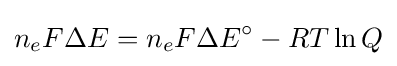
n_{e}F\Delta E=n_{e}F\Delta E^{\circ }-RT\ln Q